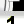
Digit: 1